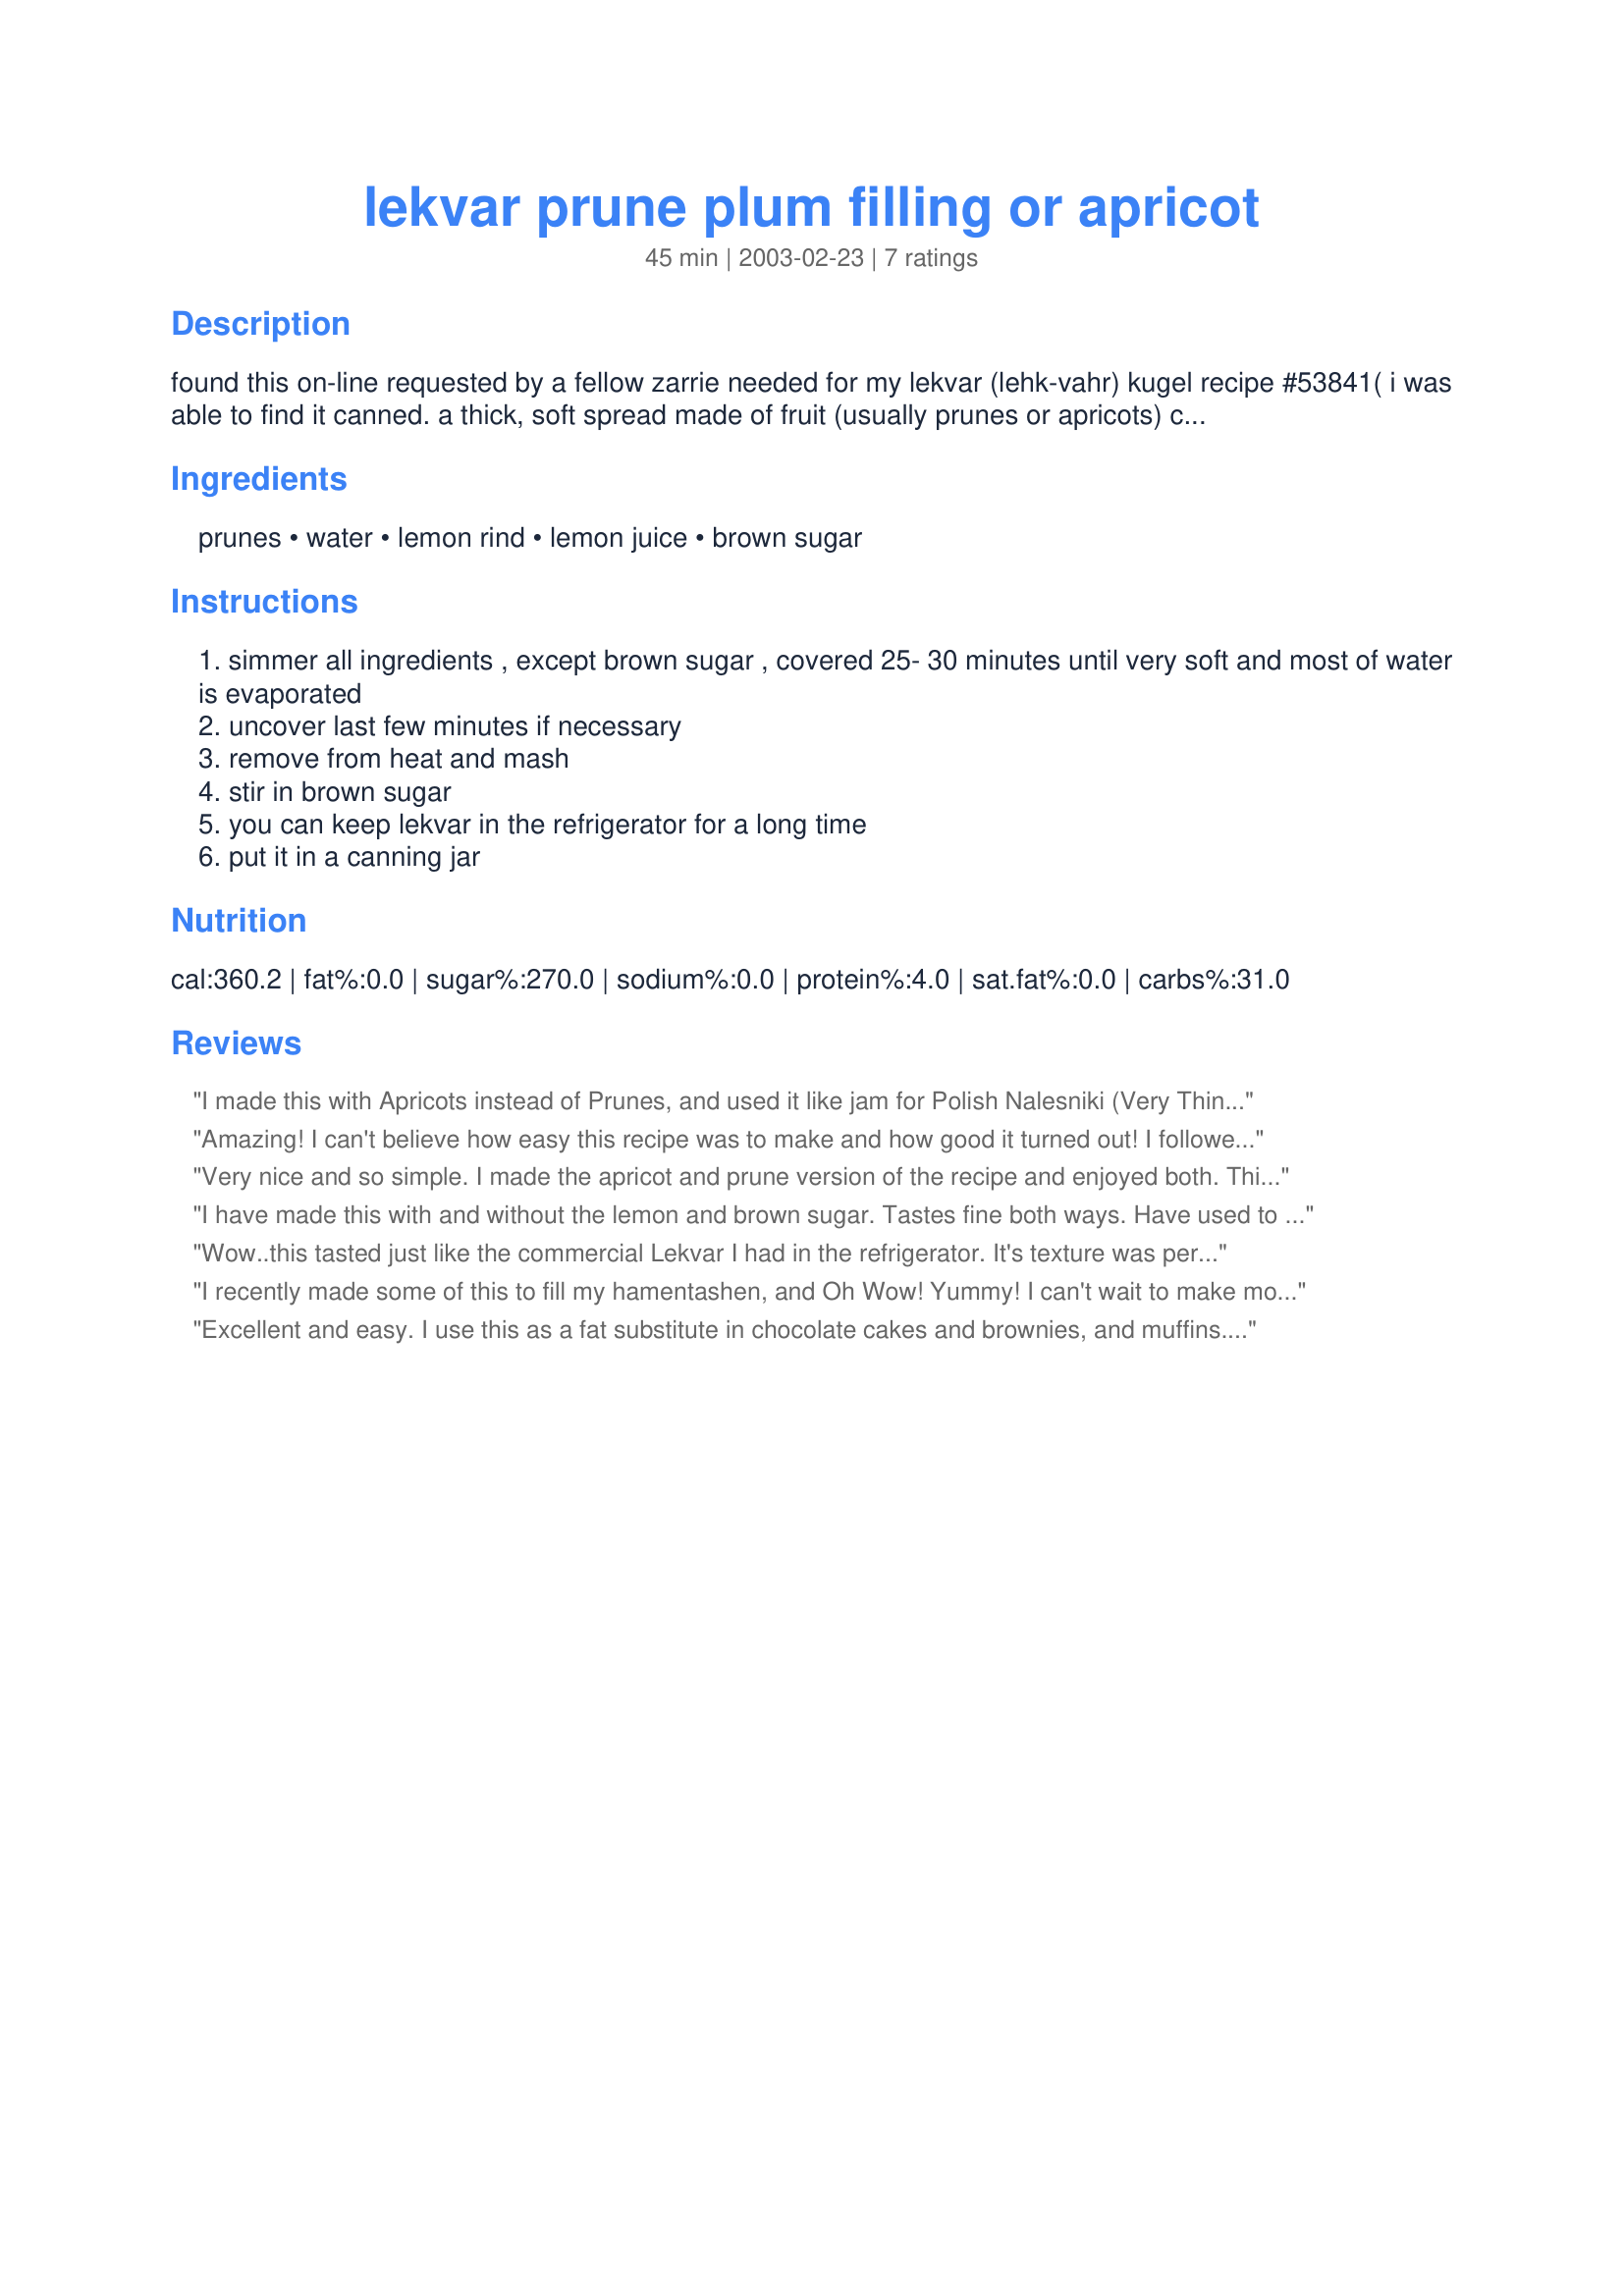
lekvar prune plum filling or apricot
Preparation time: 45 minutes

found this on-line requested by a fellow zarrie needed for my lekvar (lehk-vahr) kugel recipe #53841( i was able to find it canned. a thick, soft spread made of fruit (usually prunes or apricots) cooked with sugar. this hungarian specialty is used to fill a variety of pastries and cookies. lekvar can be purchased in cans or jars in most supermarkets.

Ingredients:
prunes, water, lemon rind, lemon juice, brown sugar

Steps:
simmer all ingredients , except brown sugar , covered 25- 30 minutes until very soft and most of water is evaporated
uncover last few minutes if necessary
remove from heat and mash
stir in brown sugar
you can keep lekvar in the refrigerator for a long time
put it in a canning jar

Reviews:
I made this with Apricots instead of Prunes, and used it like jam for Polish Nalesniki (Very Thin Pancake) Crepe #138143. Good stuff.
Amazing! I can't believe how easy this recipe was to make and how good it turned out! I followed the directions, but cooked it about an hour at med-low heat. (After half hour it was still too watery.) Thanks for posting!
Very nice and so simple. I made the apricot and prune version of the recipe and enjoyed both. This will make a nice filling too for my kieflie dough.
I have made this with and without the lemon and brown sugar. Tastes fine both ways. Have used to fill ring around cookies and as filling for matrimonial cake. Excellent!
Wow..this tasted just like the commercial Lekvar I had in the refrigerator. It's texture was perfect, too. I'm really thrilled to have this recipe as Lekvar is difficult to find here, and I use it in place of oil in my chocolate cakes. I was so confident I would like this recipe, I made 4x recipe Using 24 oz. pruned) and it made about 24 oz. of prune butter. Rita...thanks SOOO much for sharing.
I recently made some of this to fill my hamentashen, and Oh Wow! Yummy! I can't wait to make more! Pretty easy, and I followed the directions closely, except like another reviewer, I cooked it for closer to an hour. True, I did want it thick. One personal comment - I might cut back on the lemon a bit next time. I also made another batch with dried apricots, using a teeny bit of lemon juice, but mostly orange zest and orange juice. Also delish!!! I would like to try this with other dried fruits - how 'bout cherries? Anyway, I am thrilled to know this easy recipe! Thanks, Rita L.
Excellent and easy. I use this as a fat substitute in chocolate cakes and brownies, and muffins. I have a hard time finding commercial versions here. I used to make my own from Italian prunes grown in the yard, but that was a lot of work. This is much easier! Made for Fall 2009 PAC.
